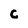
Character: C